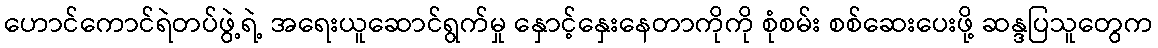
ဟောင်ကောင်ရဲတပ်ဖွဲ့ရဲ့ အရေးယူဆောင်ရွက်မှု နှောင့်နှေးနေတာကိုကို စုံစမ်း စစ်ဆေးပေးဖို့ ဆန္ဒပြသူတွေက